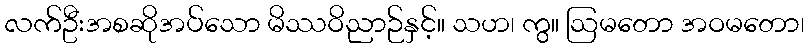
လက်ဦးအစဆိုအပ်သော မိဿဝိညာဉ်နှင့်။ သဟ၊ ကွ။ ဩမတော အဝမတော၊